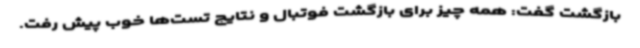
بازگشت گفت: همه چیز برای بازگشت فوتبال و نتایج تست‌ها خوب پیش رفت.